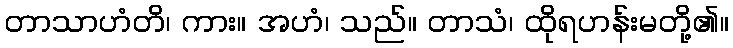
တာသာဟံတိ၊ ကား။ အဟံ၊ သည်။ တာသံ၊ ထိုရဟန်းမတို့၏။